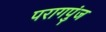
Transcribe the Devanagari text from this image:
परागपुंज